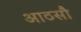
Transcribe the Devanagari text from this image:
आठसौ